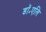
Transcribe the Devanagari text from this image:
डॉ॰एलि